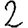
Digit: 2